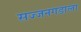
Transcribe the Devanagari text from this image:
सज्जनगडाला